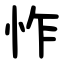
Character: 怍